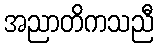
အညာတိကသညီ